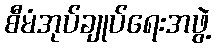
စီမံအုပ်ချုပ်ရေးအဖွဲ့